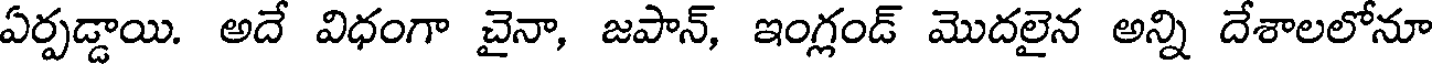
ఏర్పడ్డాయి. అదే విధంగా చైనా, జపాన్, ఇంగ్లండ్ మొదలైన అన్ని దేశాలలోనూ